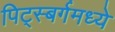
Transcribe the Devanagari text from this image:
पिट्स्बर्गमध्ये